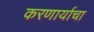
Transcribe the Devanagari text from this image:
करणार्याचा